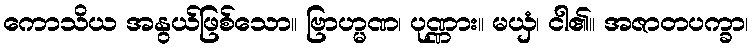
ကောသိယ အနွယ်ဖြစ်သော။ ဗြာဟ္မဏ၊ ပုဏ္ဏား။ မယှံ၊ ငါ၏။ အဇာတပက္ခာ၊